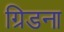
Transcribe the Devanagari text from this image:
ग्रिडना